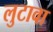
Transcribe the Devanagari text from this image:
लुटावा